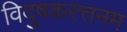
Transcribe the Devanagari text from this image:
विदुषकरत्तनम